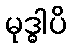
မုဒ္ဓါပိ